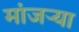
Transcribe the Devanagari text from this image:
मांजऱ्या